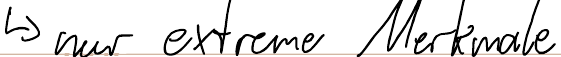
-> nur extreme Merkmale